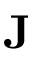
\mathbf { J }